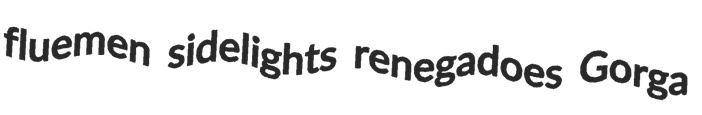
fluemen sidelights renegadoes Gorga